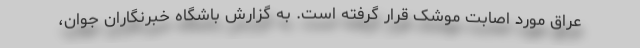
عراق مورد اصابت موشک قرار گرفته است. به گزارش باشگاه خبرنگاران جوان،